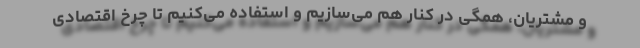
و مشتریان، همگی در کنار هم می‌سازیم و استفاده می‌کنیم تا چرخ اقتصادی